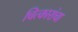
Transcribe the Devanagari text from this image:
चित्कारांचा